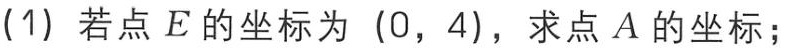
(1) 若点 \(E\) 的坐标为 \((0,4)\)，求点 \(A\) 的坐标；